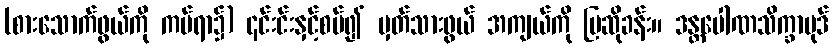
(စားသောက်ဖွယ်ကို ကပ်ရာ၌) ၎င်းင်းနှင့်စပ်၍ မှတ်သားဖွယ် အကျယ်ကို ပြဆိုခန်း။ ဒန္တပေါဏသိက္ခာပုဒ်